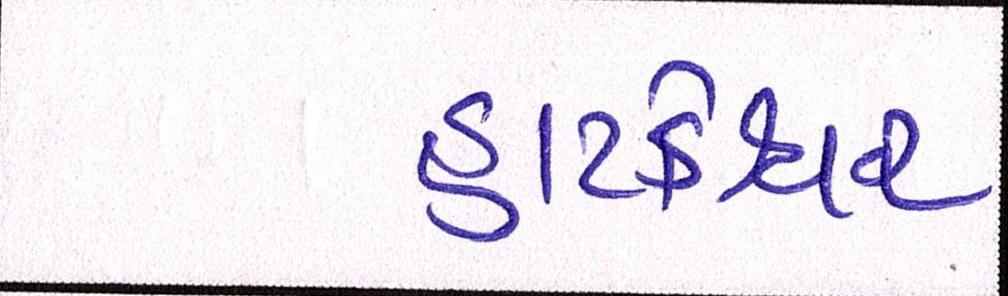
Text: હાટકેશ્વર